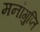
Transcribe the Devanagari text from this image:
मनोगुप्ति